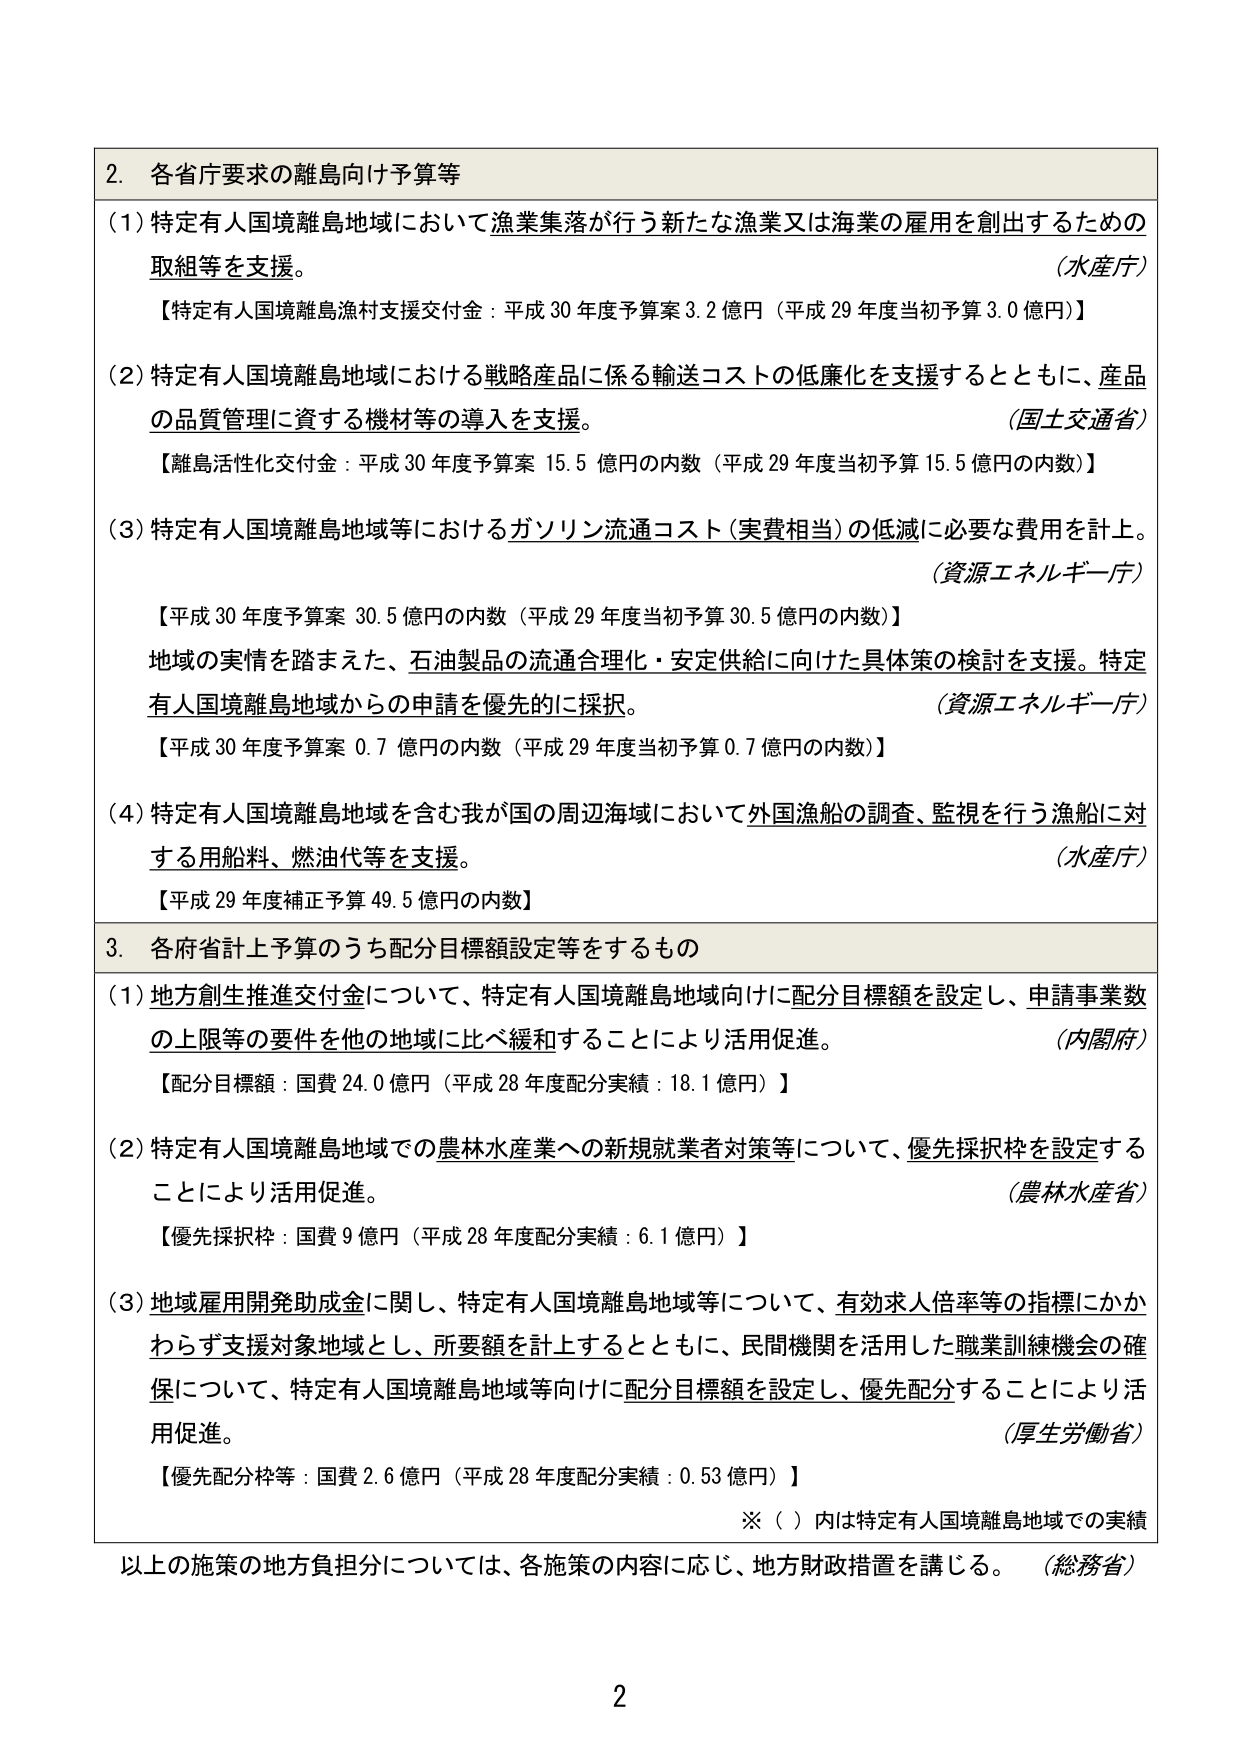
2. 各省庁要求の離島向け予算等

(1) 特定有人国境離島地域において漁業集落が行う新たな漁業又は海業の雇用を創出するための取組等を支援。
（水産庁）
【特定有人国境離島漁村支援交付金：平成30年度予算案3.2億円（平成29年度当初予算3.0億円）】

(2) 特定有人国境離島地域における戦略産品に係る輸送コストの低廉化を支援するとともに、産品の品質管理に資する機材等の導入を支援。
（国土交通省）
【離島活性化交付金：平成30年度予算案15.5億円の内数（平成29年度当初予算15.5億円の内数）】

(3) 特定有人国境離島地域等におけるガソリン流通コスト（実費相当）の低減に必要な費用を計上。
（資源エネルギー庁）
【平成30年度予算案30.5億円の内数（平成29年度当初予算30.5億円の内数）】
地域の実情を踏まえた、石油製品の流通合理化・安定供給に向けた具体策の検討を支援。特定有人国境離島地域からの申請を優先的に採択。
（資源エネルギー庁）
【平成30年度予算案0.7億円の内数（平成29年度当初予算0.7億円の内数）】

(4) 特定有人国境離島地域を含む我が国の周辺海域において外国漁船の調査、監視等を行う漁船に対する用船料、燃油代等を支援。
（水産庁）
【平成29年度補正予算49.5億円の内数】

3. 各府省計上予算のうち配分目標額設定等をするもの

(1) 地方創生推進交付金について、特定有人国境離島地域向けに配分目標額を設定し、申請事業数の上限等の要件を他の地域に比べ緩和することにより活用促進。
（内閣府）
【配分目標額：国費24.0億円（平成28年度配分実績：18.1億円）】

(2) 特定有人国境離島地域での農林水産業への新規就業者対策等について、優先採択枠を設定することにより活用促進。
（農林水産省）
【優先採択枠：国費9億円（平成28年度配分実績：6.1億円）】

(3) 地域雇用開発助成金に関し、特定有人国境離島地域等について、有効求人倍率等の指標にかかわらず支援対象地域とし、所要額を計上するとともに、民間機関を活用した職業訓練機会の確保について、特定有人国境離島地域等向けに配分目標額を設定し、優先配分することにより活用促進。
（厚生労働省）
【優先配分枠等：国費2.6億円（平成28年度配分実績：0.53億円）】

※（ ）内は特定有人国境離島地域での実績

以上の施策の地方負担分については、各施策の内容に応じ、地方財政措置を講じる。
（総務省）

2